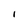
Character: l